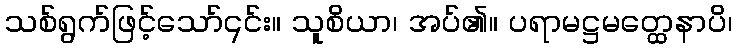
သစ်ရွက်ဖြင့်သော်၎င်း။ သူစိယာ၊ အပ်၏။ ပရာမဋ္ဌမတ္ထေနာပိ၊